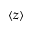
\langle z \rangle